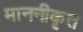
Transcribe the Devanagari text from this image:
माननीकृत